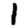
Digit: 1